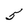
Character: 5